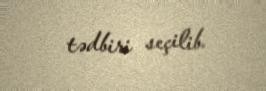
tədbiri seçilib.